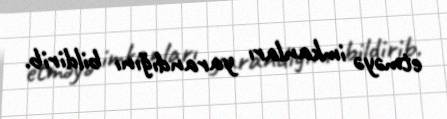
etməyə imkanları yarandığını bildirib.